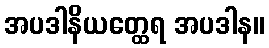
အပဒါနိယတ္ထေရ အပဒါန။